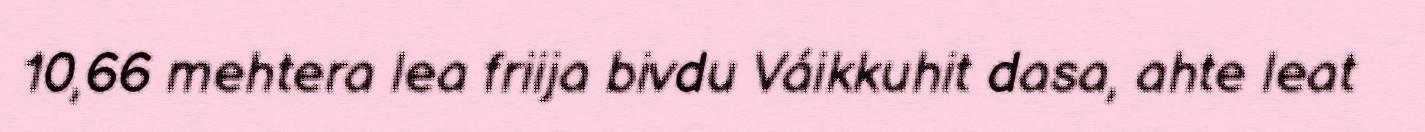
10,66 mehtera lea friija bivdu Váikkuhit dasa, ahte leat